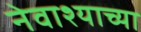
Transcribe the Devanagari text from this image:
नेवाश्याच्या